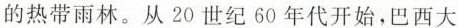
的热带雨林。从20世纪60年代开始，巴西大